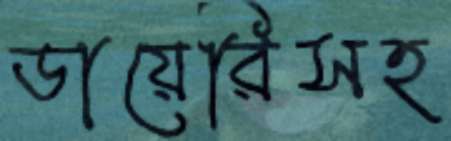
ডায়েরিসহ